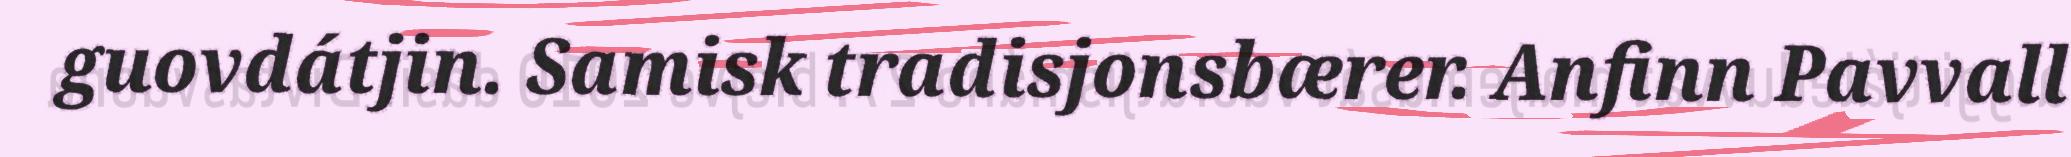
guovdátjin. Samisk tradisjonsbærer. Anfinn Pavvall